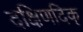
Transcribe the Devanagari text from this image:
दक्षिणदिक्